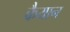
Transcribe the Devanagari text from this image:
कैयान